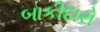
બાકીદારો